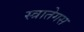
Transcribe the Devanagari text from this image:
स्त्रातेगस